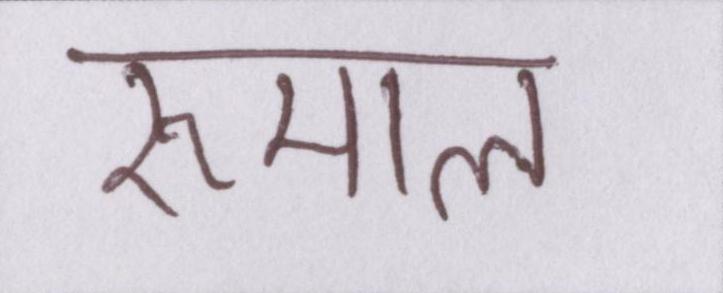
रुमाल